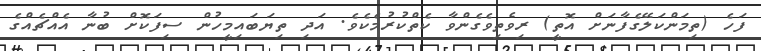
ފަހެ (ތިމަންކަލޭގެފާނަށް އޮތީ) ރިވެތިވެގެންވާ ކެތްކުރުމެކެވެ. އަދި ތިޔަބައިމީހުން ސިފަކޮށް ބުނާ އެއްޗެއްގެ